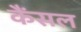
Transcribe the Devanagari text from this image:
कैंसल